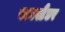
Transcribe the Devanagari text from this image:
बायस्टैंडर